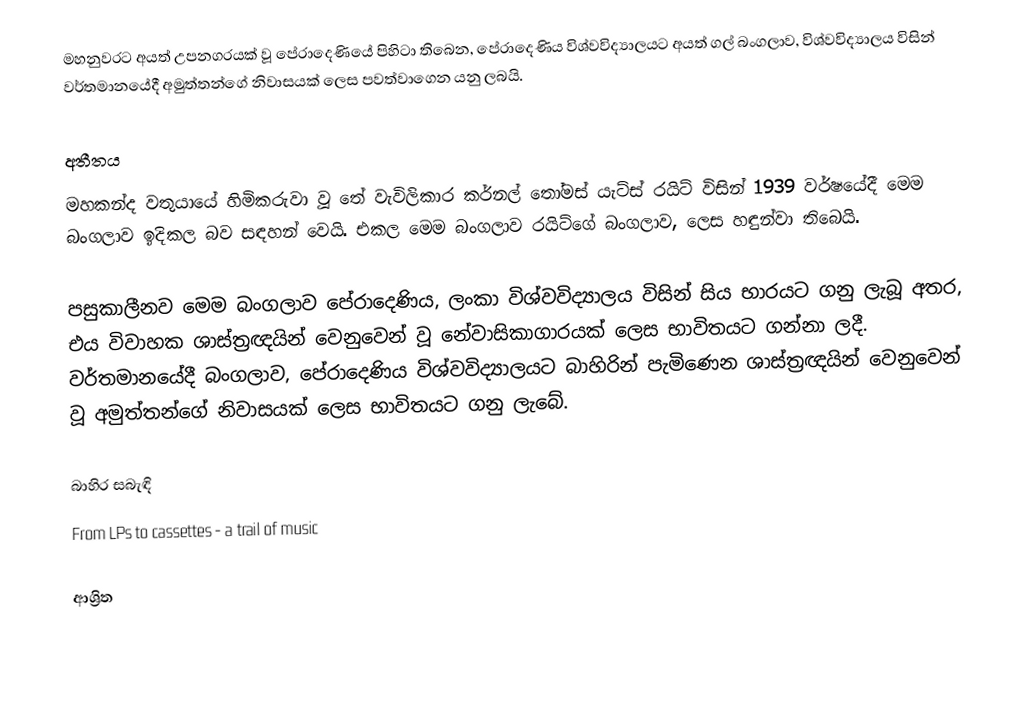
මහනුවරට අයත් උපනගරයක් වූ පේරාදෙණියේ පිහිටා තිබෙන, පේරාදෙණිය විශ්වවිද්‍යාලයට අයත් ගල් බංගලාව, විශ්වවිද්‍යාලය විසින් වර්තමානයේදී අමුත්තන්ගේ නිවාසයක් ලෙස පවත්වාගෙන යනු ලබයි.

අතීතය
මහකන්ද වතුයායේ හිමිකරුවා වූ තේ වැවිලිකාර කර්නල් තෝමස් යැට්ස් රයිට් විසින් 1939 වර්ෂයේදී මෙම බංගලාව ඉදිකල බව සඳහන් වෙයි. එකල මෙම බංගලාව රයිට්ගේ බංගලාව, ලෙස හඳුන්වා තිබෙයි.

පසුකාලීනව මෙම බංගලාව පේරාදෙණිය, ලංකා විශ්වවිද්‍යාලය විසින් සිය භාරයට ගනු ලැබූ අතර, එය විවාහක ශාස්ත්‍රඥයින් වෙනුවෙන් වූ නේවාසිකාගාරයක් ලෙස භාවිතයට ගන්නා ලදී. වර්තමානයේදී බංගලාව, පේරාදෙණිය විශ්වවිද්‍යාලයට බාහිරින් පැමිණෙන ශාස්ත්‍රඥයින් වෙනුවෙන් වූ අමුත්තන්ගේ නිවාසයක් ලෙස භාවිතයට ගනු ලැබේ.

බාහිර සබැඳි
From LPs to cassettes - a trail of music

ආශ්‍රිත